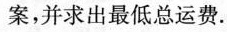
案，并求出最低总运费.